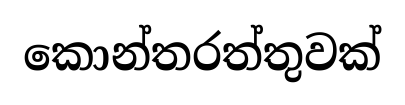
කොන්තරත්තුවක්